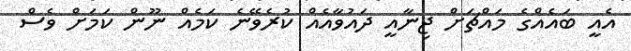
އެއީ ބައެއްގެ މައްޗަށް ޖިނާއީ ދައުވާއެއް ކުރެވޭނެ ކަމެއް ނޫން ކަމަށް ވެސް